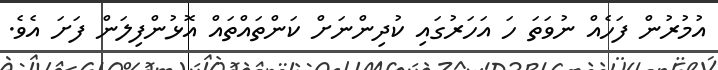
އުމުރުން ފަހެއް ނުވަތަ ހަ އަހަރުގައި ކުދިންނަށް ކަންތައްތައް އޮޅުންފިލަން ފަށަ އެވެ.